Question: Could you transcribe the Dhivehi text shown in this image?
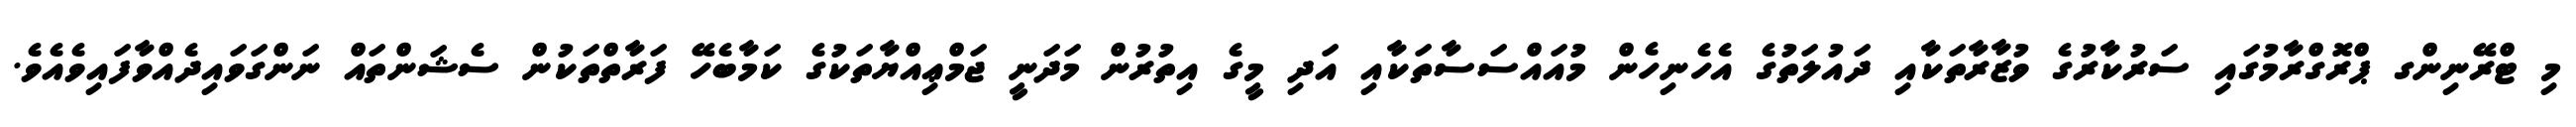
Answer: މި ޓްރޭނިންގ ޕްރޮގްރާމުގައި ސަރުކާރުގެ ވުޒާރާތަކާއި ދައުލަތުގެ އެހެނިހެން މުއައްސަސާތަކާއި އަދި މީގެ އިތުރުން މަދަނީ ޖަމްޢިއްޔާތަކުގެ ކަމާބެހޭ ފަރާތްތަކުން ސެޝަންތައް ނަންގަވައިދެއްވާފައިވެއެވެ.